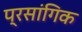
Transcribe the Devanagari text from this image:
प्रसांगिक